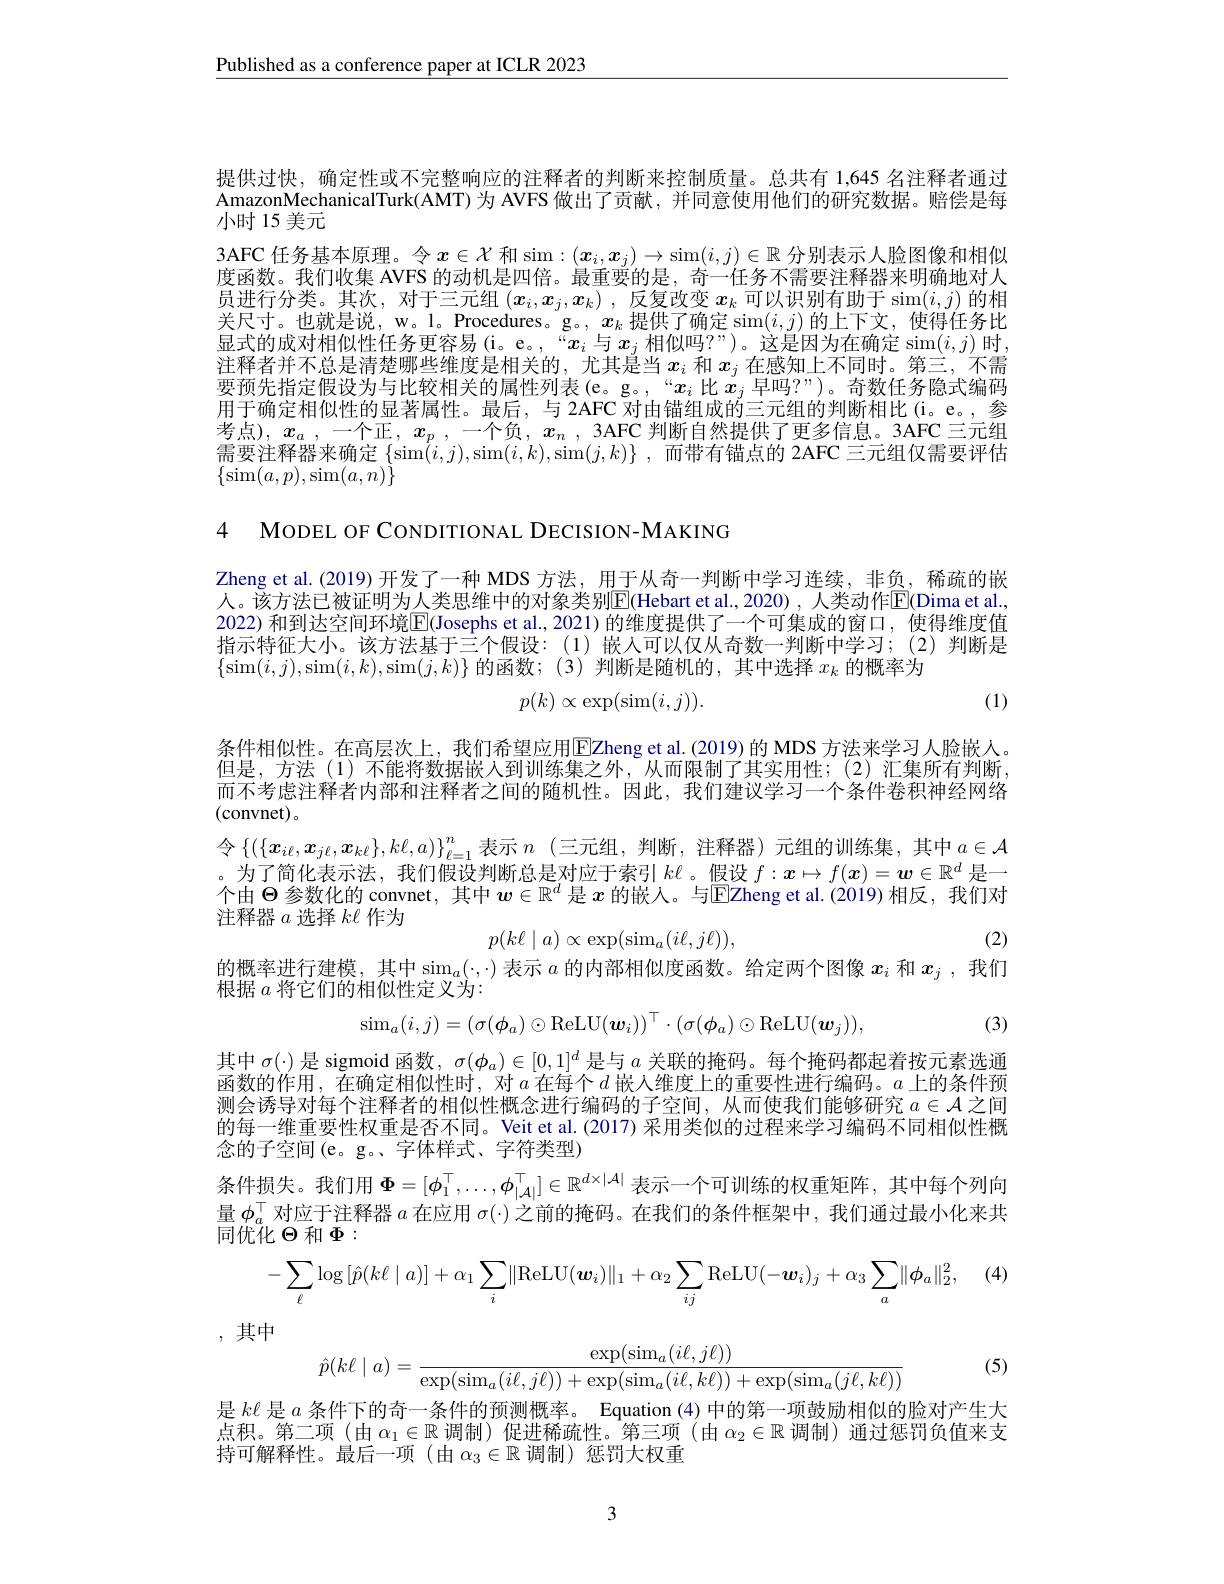
$\underline{\text{Published as a conference paper at ICLR 2023}}$

提供过快，确定性或不完整响应的注释者的判断来控制质量。总共有 1,645 名注释者通过AmazonMechanicalTurk(AMT) 为 AVFS 做出了贡献，并同意使用他们的研究数据。赔偿是每小时 15 美元
3AFC 任务基本原理。令$x\in\mathcal{X}$和 sim: $(x_i,\boldsymbol{x}_j)\to\operatorname{sim}(i,j)\in\mathbb{R}$分别表示人脸图像和相似度函数。我们收集 AVFS 的动机是四倍。最重要的是，奇一任务不需要注释器来明确地对人员进行分类。其次，对于三元组$(x_i,x_j,x_k)$ ,反复改变$x_k$可以识别有助于 sim$(i,j)$的相关 尺 寸 。也 就 是 说 , w。l。Procedures。g。, $x_k$ 提 供 了 确 定 sim$( i, j)$ 的 上 下 文 , 使 得 任 务 比 显 式 的 成 对 相 似 性 任 务 更 容 易 ( i。e。, “ $x_i$ 与 $x_j$ 相 似 吗 ? ” ) 。这 是 因 为 在 确 定 $\sin ( i, j)$ 时 , 注释者并不总是清楚哪些维度是相关的，尤其是当$x_i$和$x_j$在感知上不同时。第三，不需要预先指定假设为与比较相关的属性列表(e。g。,“$x_i$比$x_j$早吗？”)。奇数任务隐式编码用于确定相似性的显著属性。最后，与 2AFC 对由锚组成的三元组的判断相比(i。e。,参考 点 ) , $x_a$,一 个 正 , $x_p$, 一 个 负 , $x_n$, 3AFC 判 断 自 然 提 供 了 更 多 信 息 。3AFC 三 元 组 需 要 注 释 器 来 确 定 $\{$sim$( i, j) $,sim$( i, k) $,sim$( j, k) \} $, 而 带 有 锚 点 的 2AFC 三 元 组 仅 需 要 评 估$\{\operatorname{sim}(a,p),\operatorname{sim}(a,n)\}$

Zheng et al.(2019)开发了一种 MDS 方法，用于从奇一判断中学习连续，非负，稀疏的嵌人。该方法已被证明为人类思维中的对象类别$\overline{\mathrm{E}}($Hebart et al.,2020),人类动作$\overline{\mathrm{F}}($Dima et al., 2022) 和到达空间环境$\overline{\mathrm{E}}($Josephs et al.,2021)的维度提供了一个可集成的窗口，使得维度值指示特征大小。该方法基于三个假设：(1)嵌人可以仅从奇数一判断中学习；(2)判断是$\{\operatorname{sim}(i,j),\operatorname{sim}(i,k),\operatorname{sim}(j,k)\}$的函数；(3)判断是随机的，其中选择$x_k$的概率为
$$p(k)\propto\exp(\sin(i,j)).$$
(1)
$$p(k\ell\mid a)\propto\exp(\sin_{a}(i\ell,j\ell))$$
(2)

4 MODEL OF CONDITIONAL DECISION-MAKING
条件相似性。在高层次上，我们希望应用|EZheng et al. ( 2019) 的 MDS 方法来学习人脸嵌人。但是，方法(1)不能将数据嵌入到训练集之外，从而限制了其实用性；(2)汇集所有判断， 而不考虑注释者内部和注释者之间的随机性。因此，我们建议学习一个条件卷积神经网络(convnet)。
令$\left\{\left(\left\{\boldsymbol{x}_{i\ell},\boldsymbol{x}_{j\ell},\boldsymbol{x}_{k\ell}\right\},k\ell,a\right)\right\}_{\ell=1}^n$表示 $n$ (三元组，判断，注释器)元组的训练集，其中 $a\in\mathcal{A}$ 。为了简化表示法，我们假设判断总是对应于索引$k\ell$。假设$f:x\mapsto f(\boldsymbol{x})=\boldsymbol{w}\in\mathbb{R}^d$是一个由$\Theta$参数化的 convnet, 其中$w\in\mathbb{R}^d$是$x$的嵌入。与$\overline\text{EZheng et al.(2019)相反，我们对}$ 注释器$a$选择$k\ell$作为
的概率进行建模，其中$\sin_a(\cdot,\cdot)$表示$a$的内部相似度函数。给定两个图像$x_i$和$x_j$ ,我们
根据$a$将它们的相似性定义为：
$$\mathrm{sim}_{a}(i,j)=(\sigma(\phi_{a})\odot\mathrm{ReLU}(w_{i}))^{\top}\cdot(\sigma(\phi_{a})\odot\mathrm{ReLU}(w_{j})),$$
(3)
其中$\sigma(\cdot)$是 sigmoid 函数$,\sigma(\phi_a)\in[0,1]^d$是与$a$关联的掩码。每个掩码都起着按元素选通函数的作用，在确定相似性时，对$a$在每个$d$嵌入维度上的重要性进行编码。$a$上的条件预测会诱导对每个注释者的相似性概念进行编码的子空间，从而使我们能够研究$a\in\mathcal{A}$之间的每一维重要性权重是否不同。Veit et al.(2017) 采用类似的过程来学习编码不同相似性概念的子空间(e。g。、字体样式、字符类型)
条件损失。我们用$\Phi=[\phi_1^\top,\ldots,\phi_{|\mathcal{A}|}^\top]\in\mathbb{R}^{d\times|\mathcal{A}|}$表示一个可训练的权重矩阵，其中每个列向量$\phi_a^\top$对应于注释器$a$在应用$\sigma(\cdot)$之前的掩码。在我们的条件框架中，我们通过最小化来共同优化$\Theta$ 和$\Phi:$
, (4)
$$-\sum_{\ell}\log\left[\hat{p}(k\ell\mid a)\right]+\alpha_1\sum_i\lVert\mathrm{ReLU}(\boldsymbol{w}_i)\rVert_1+\alpha_2\sum_{ij}\mathrm{ReLU}(-\boldsymbol{w}_i)_j+\alpha_3\sum_a\lVert\phi_a\rVert_2^2,$$
,其中
$$\hat{p}(k\ell\mid a)=\frac{\exp(\sin_a(i\ell,j\ell))}{\exp(\sin_a(i\ell,j\ell))+\exp(\sin_a(i\ell,k\ell))+\exp(\sin_a(j\ell,k\ell))}$$
(5)
是$k\ell$ 是$a$ 条件下的奇一条件的预测概率。 Equation (4) 中的第一项鼓励相似的脸对产生大

点积。第二项(由$\alpha_1\in\mathbb{R}$调制)促进稀疏性。第三项(由$\alpha_2\in\mathbb{R}$调制)通过惩罚负值来支
持可解释性。最后一项(由$\alpha_3\in\mathbb{R}$调制)惩罚大权重

3